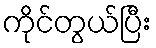
ကိုင်တွယ်ပြီး